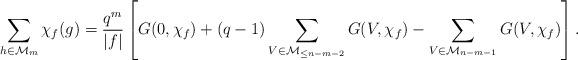
LaTeX: \begin{align*}\sum_{h \in \mathcal{M}_m} \chi_f(g) = \frac{q^m}{|f|} \left[ G(0,\chi_f) + (q-1) \sum_{V \in \mathcal{M}_{\leq n-m-2} } G(V,\chi_f) - \sum_{V \in \mathcal{M}_{n-m-1}} G(V,\chi_f) \right]. \end{align*}